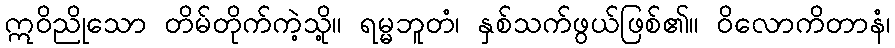
ဣဝိညိုသော တိမ်တိုက်ကဲ့သို့။ ရမ္မဘူတံ၊ နှစ်သက်ဖွယ်ဖြစ်၏။ ဝိလောကိတာနံ၊